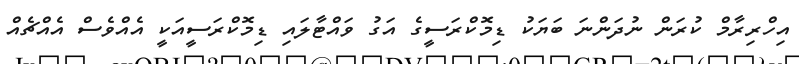
އިހްރިރާމް ކުރަން ނުދަންނަ ބަޔަކު ޑިމޮކްރަސީގެ އަގު ވައްޓާލައި ޑިމޮކްރަސީއަކީ އެއްވެސް އެއްޗެއް